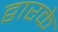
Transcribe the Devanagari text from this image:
द्वारके